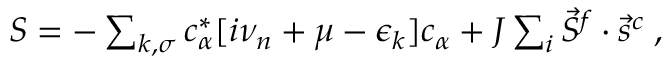
\begin{array} { r } { S = - \sum _ { k , \sigma } c _ { \alpha } ^ { * } [ i \nu _ { n } + \mu - \epsilon _ { k } ] c _ { \alpha } + J \sum _ { i } \vec { S } ^ { f } \cdot \vec { s } ^ { c } \; , } \end{array}